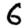
Digit: 6